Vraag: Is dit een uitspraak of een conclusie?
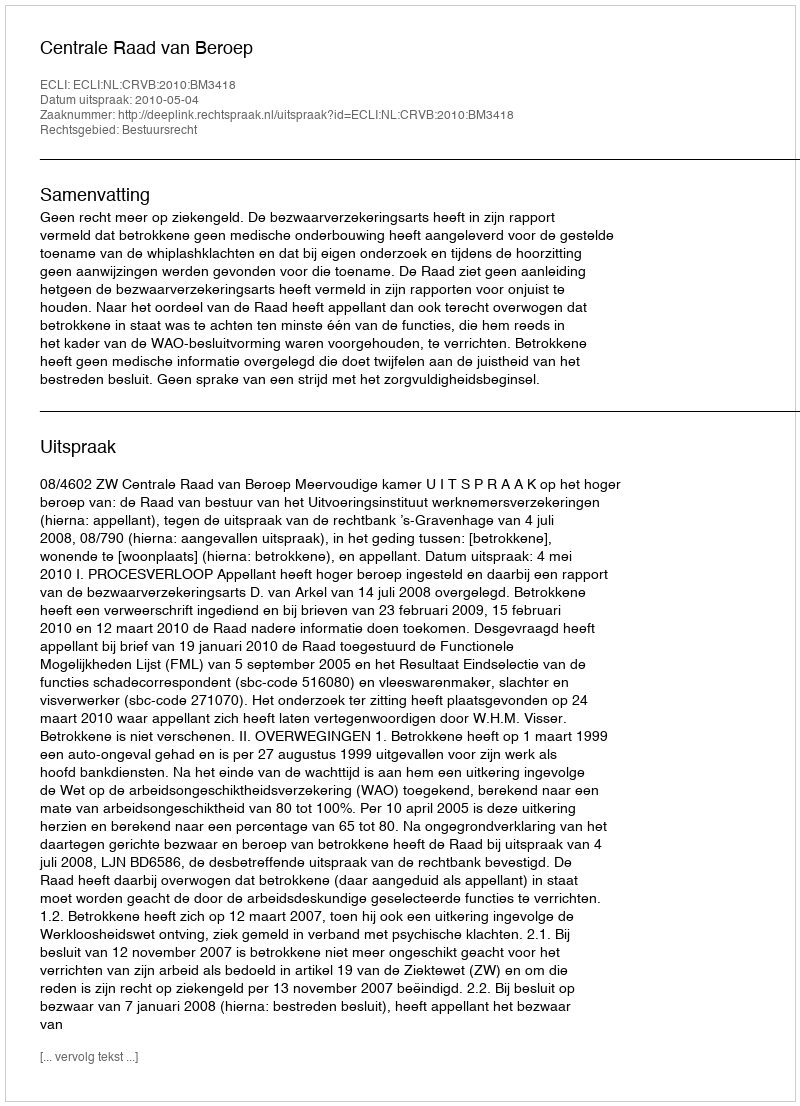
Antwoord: Uitspraak